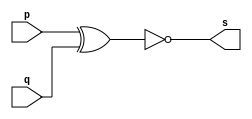
//----
//Exemplo0008 - XNOR
//Nome: Thas Pedrosa Gomes
//Matrcula: 451616
//----

//----
//-- xnor gate
//----

module xnorgate (output s, input p, input q);
assign s = (~(p ^ q)); //criar vinculo permanente
              //(dependencia)
endmodule // xnorgate

//----
//-- test xnor gate
//----

module testxnorgate;
//---- dados locais
	reg a, b; //definir registrador
	       //(variavel independente)
	wire s; //definir conexao (fio)
	        //(variavel dependente)
			  
//---- instancia
xnorgate XNOR1 (s, a, b);

//---- preparacao
initial begin: start
  a = 0; b = 0;
  
end

//---- parte principal
initial begin: main
    //execucao unitaria
	$display("Exemplo0008 - Thais Pedrosa Gomes - 451616");
	$display("Test XNOR gate.");
	$display("\n(~(a ^ b)) = s\n");
	  a = 0; b = 0;
#1 	$display("~( %b ^ %b )= %b", a, b, s);
     a = 0; b = 1;  
#1    $display("~( %b ^ %b )= %b", a, b, s);
     a = 1; b = 0;
#1    $display("~( %b ^ %b )= %b", a, b, s);
     a = 1; b = 1;
#1    $display("~( %b ^ %b )= %b", a, b, s);	
    	  	  
end

endmodule //testxnorgate